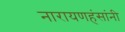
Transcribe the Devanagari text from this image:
नारायणहंसांनी